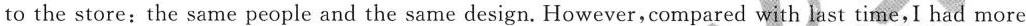
to the store:the same people and the same design. However,compared with last time,I had more